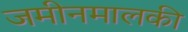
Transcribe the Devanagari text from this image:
जमीनमालकी